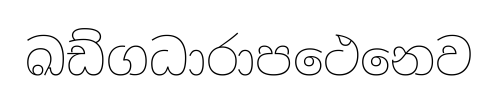
ඛඩ්ගධාරාපථෙනෙව